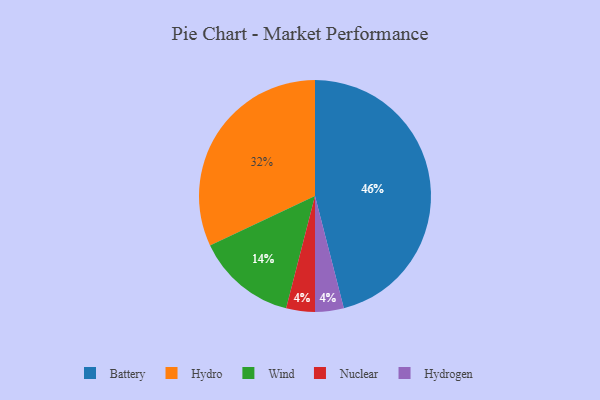
{"axis": {"x": "Category", "y": "Percentage"}, "legend": ["Battery", "Hydro", "Hydrogen", "Nuclear", "Wind"], "data": [{"x": "Hydro", "y": 32, "type": "Hydro"}, {"x": "Battery", "y": 46, "type": "Battery"}, {"x": "Wind", "y": 14, "type": "Wind"}, {"x": "Nuclear", "y": 4, "type": "Nuclear"}, {"x": "Hydrogen", "y": 4, "type": "Hydrogen"}]}